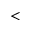
\textless